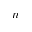
n